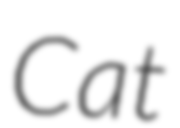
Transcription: Cat